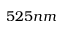
5 2 5 n m